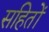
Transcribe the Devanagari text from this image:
सहितों